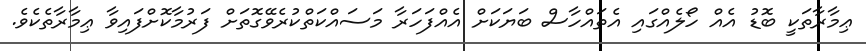
ޢިމާރާތަކީ ބޮޑު އެއް ހޯލެއްގައި އެތައްހާސް ބަޔަކަށް އެއްފަހަރާ މަސައްކަތްކުރެވޭގޮތަށް ފަރުމާކޮށްފައިވާ ޢިމާރާތެކެވެ.